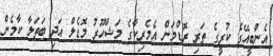
އެންބީއޭގެ ކުރީގެ ތަރި ރޮޑްމަން އެމެރިކާގެ މަޝްހޫރު މޮޑެލް އަދި ބަތަލާ ކާމެން